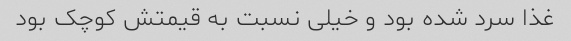
غذا سرد شده بود و خیلی نسبت به قیمتش کوچک بود